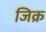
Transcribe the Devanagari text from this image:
जिक्र